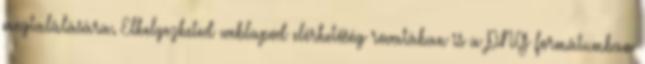
megtalálására. Elhelyezheted weblapod elérhetőség rovatában is a PNG formátumban